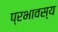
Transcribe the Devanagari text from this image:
प्रभावस्य